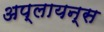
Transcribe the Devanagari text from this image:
अप्लायन्स